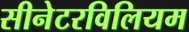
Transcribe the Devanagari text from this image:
सीनेटरविलियम